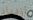
ازدياد